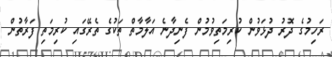
ރަހިމުގެ ދޮރު ދުޅަވުން ކުރިމަތިވުމުން ފެނިދާނެ އަލާމާތް ތަކުގެ ތެރޭގައި ކުރިމަތި ފަރާތުން